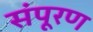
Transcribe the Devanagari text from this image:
संपूरण